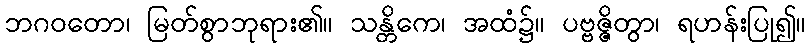
ဘဂဝတော၊ မြတ်စွာဘုရား၏။ သန္တိကေ၊ အထံ၌။ ပဗ္ဗဇ္ဇိတွာ၊ ရဟန်းပြု၍။